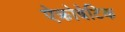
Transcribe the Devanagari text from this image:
ऐक्रोबेटिक